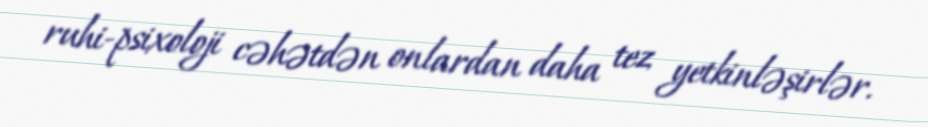
ruhi-psixoloji cəhətdən onlardan daha tez yetkinləşirlər.